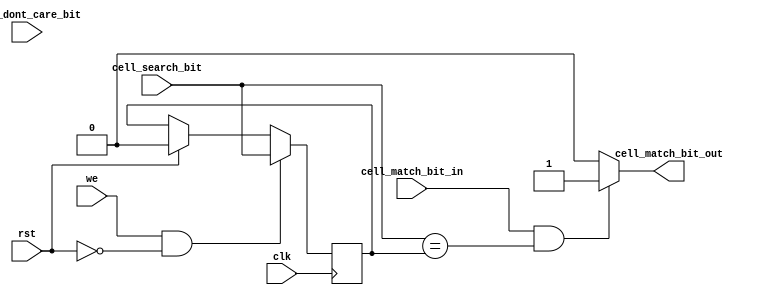
//=========================================================================
// Name & Email must be EXACTLY as in Gradescope roster!
// Name: Alex Nguyen Chandler Bottomley
// 
// Assignment name: 
// Lab section: 
// TA: 
// 
// I hereby certify that I have not received assistance on this assignment,
// or used code, from ANY outside source other than the instruction team
// (apart from what was provided in the starter file).
//
//=========================================================================

`timescale 1ns / 1ps

module BCAM_Cell (
    input wire clk,
    input wire rst,
    input wire we,
    input wire cell_search_bit,
    input wire cell_dont_care_bit,
    input wire cell_match_bit_in,
    output wire cell_match_bit_out
);
	 
reg stored_bit;
	 
always @(posedge clk) begin
    if (rst) begin
        stored_bit <= 0;
    end

    if (we && !rst) begin
        stored_bit <= cell_search_bit;
    end
end

assign cell_match_bit_out = (cell_match_bit_in && (cell_search_bit == stored_bit)) ? 1 : 0;

endmodule